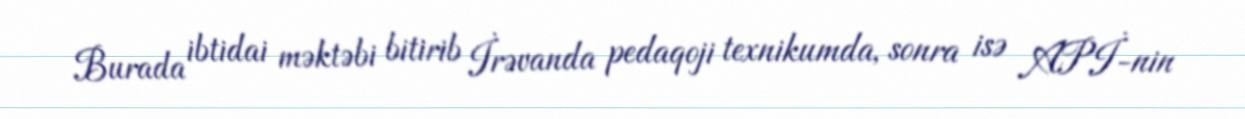
Burada ibtidai məktəbi bitirib İrəvanda pedaqoji texnikumda, sonra isə APİ-nin